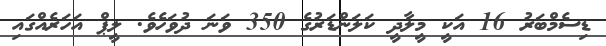
ޑިސެމްބަރު 16 އަކީ މީލާދީ ކަލަންޑަރުގެ 350 ވަނަ ދުވަހެވެ. ލީޕް އަހަރެއްގައި